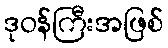
ဒုဝန်ကြီးအဖြစ်